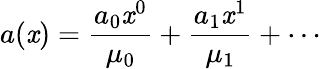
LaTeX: a(\mathit{x})={\frac{{a_{0}\mathit{x}^{0}}}{{\mu_{0}}}}+{\frac{{a_{1}\mathit{x}^{1}}}{{\mu_{1}}}}+\cdots